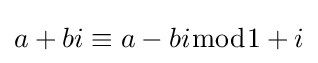
a+bi\equiv a-bi{\bmod {1}}+i